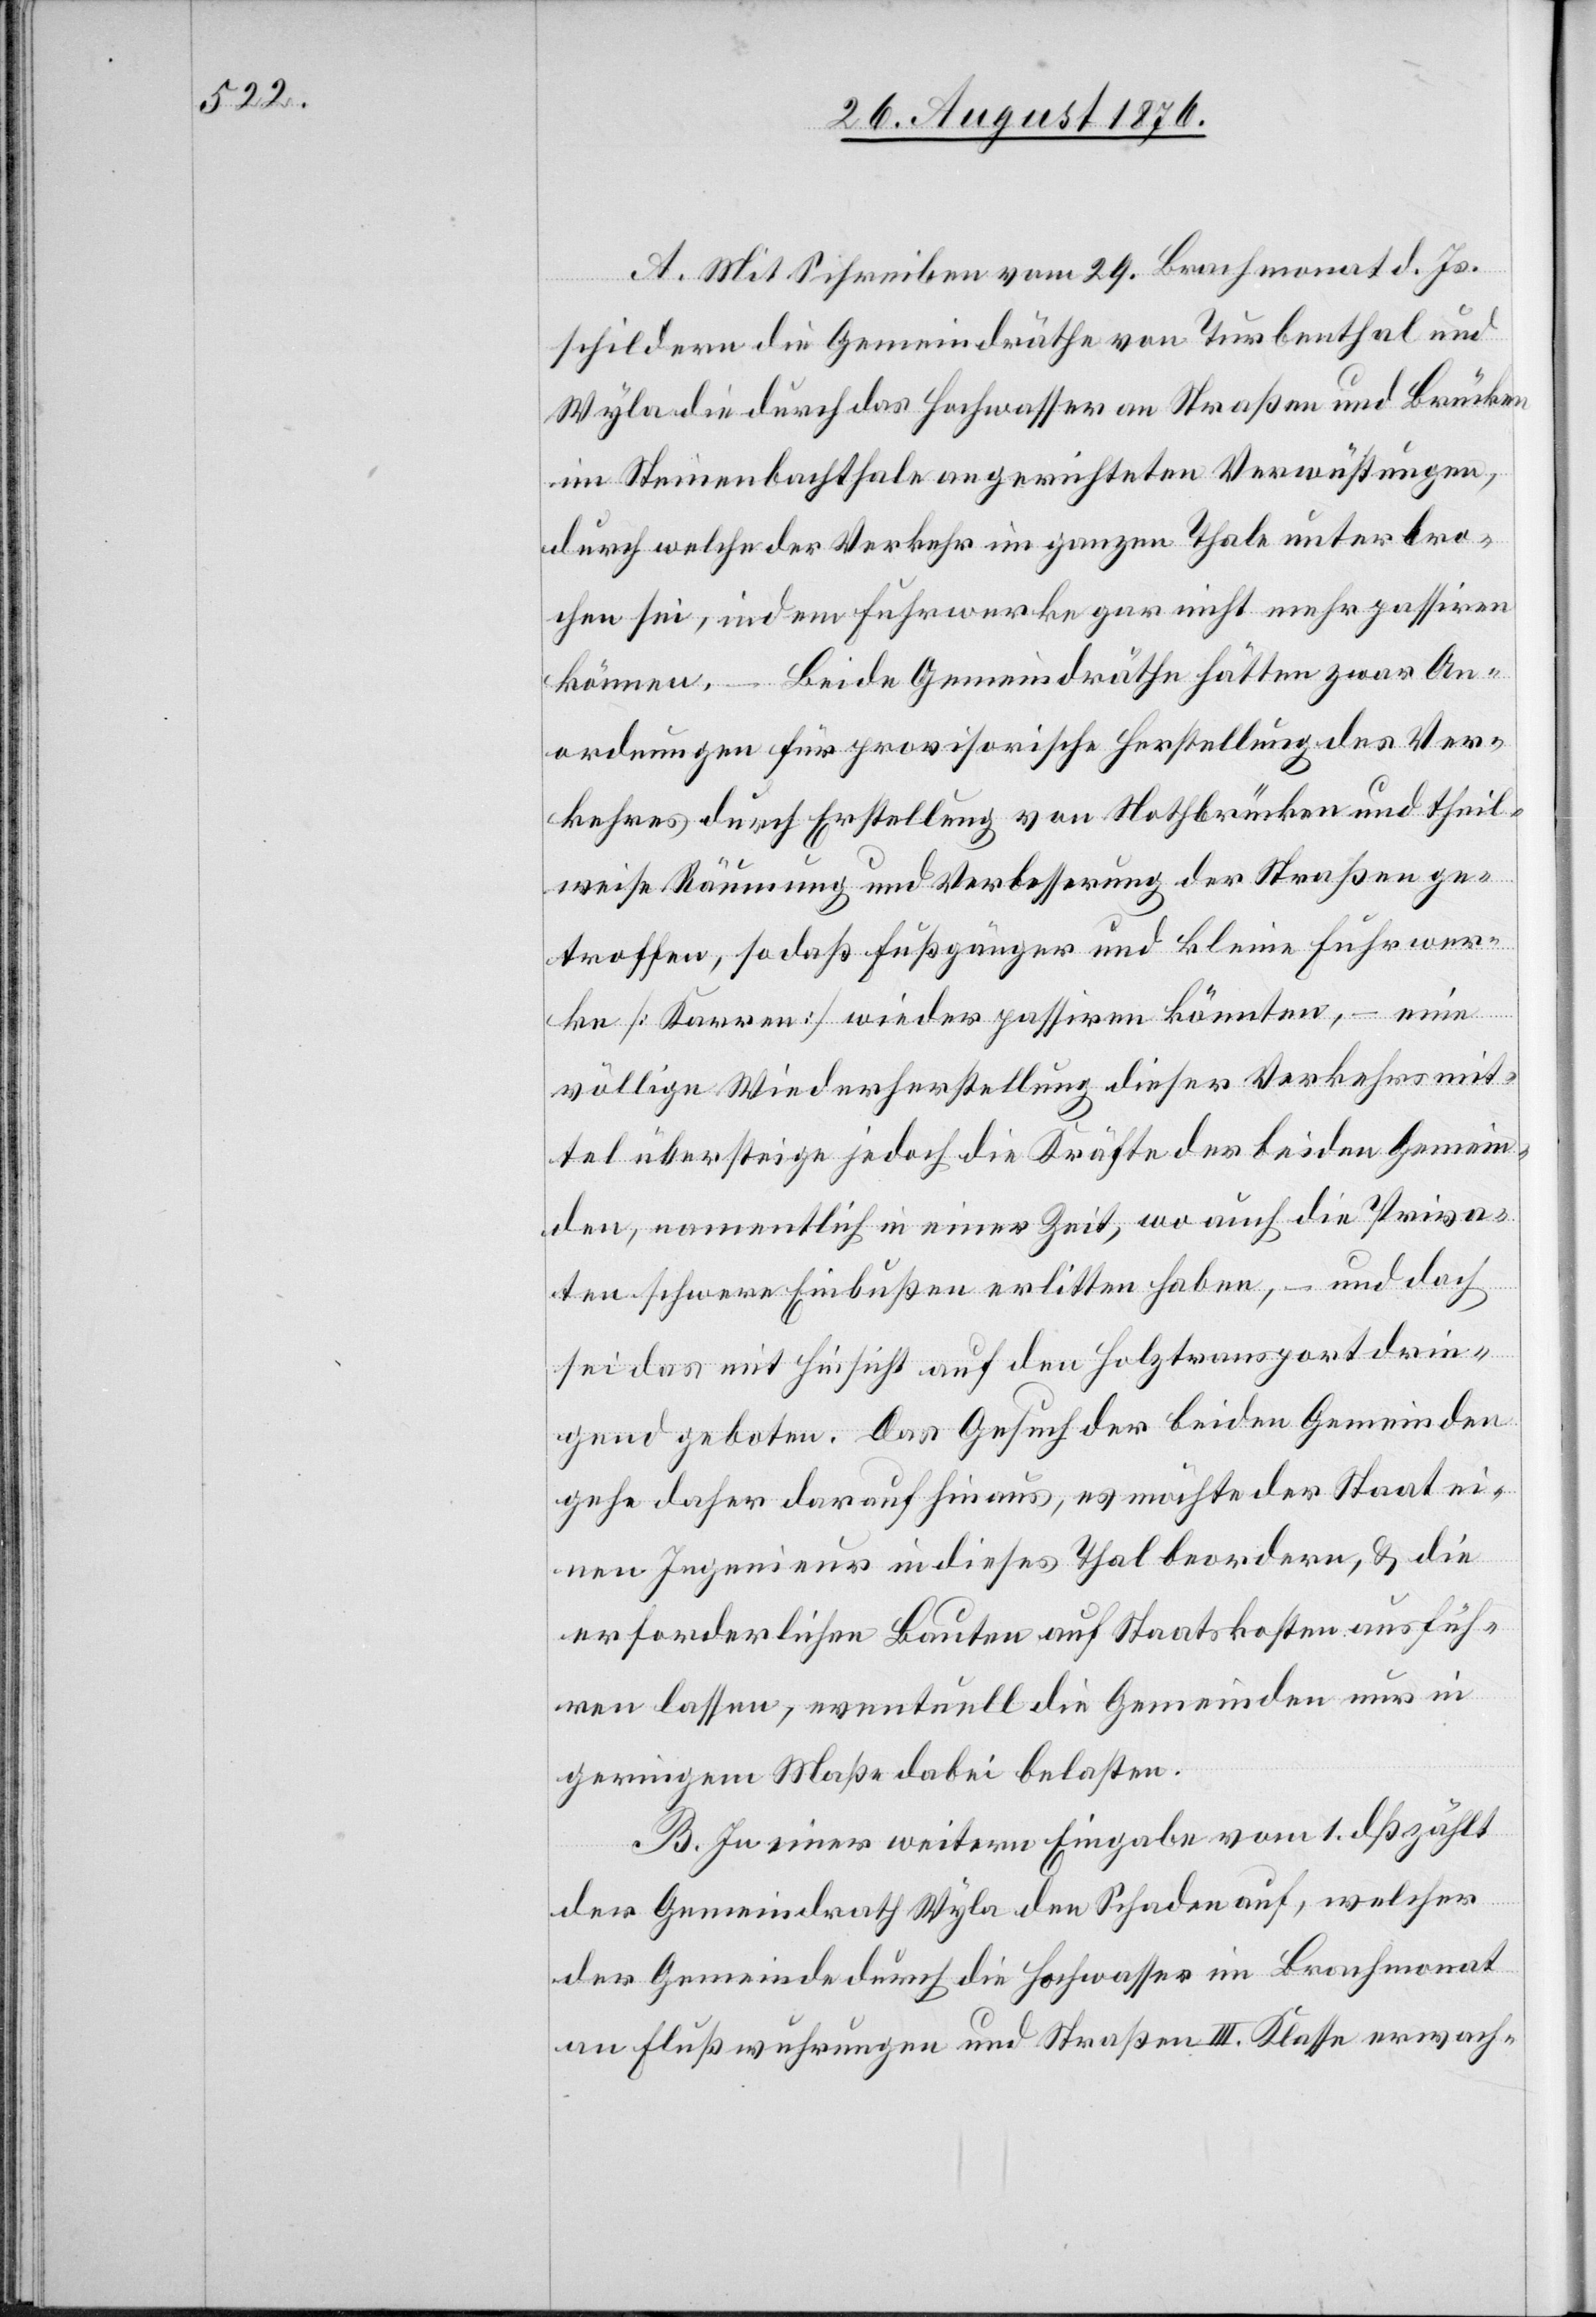
A. Mit Schreiben vom 29. Brachmonat d. Js.
schildern die Gemeindräthe von Turbenthal und
Wyla die durch das Hochwasser an Straßen und Brücken
im Steinenbachthale angerichteten Verwüstungen,
durch welche der Verkehr im ganzen Thale unterbro¬
chen sei, indem Fuhrwerke gar nicht mehr passiren
können. – Beide Gemeindräthe hätten zwar An¬
ordnungen für provisorische Herstellung des Ver¬
kehres durch Erstellung von Nothbrücken und theil¬
weise Räumung und Verbesserung der Straßen ge¬
troffen, so daß Fußgänger und kleine Fuhrwer¬
ke [Karren] wieder passiren könnten, – eine
völlige Wiederherstellung dieser Verkehrsmit¬
tel übersteige jedoch die Kräfte der beiden Gemein¬
den, namentlich in einer Zeit, wo auch die Priva¬
ten schwere Einbußen erlitten haben, – und doch
sei das mit Hinsicht auf den Holztransport drin¬
gend geboten. Das Gesuch der beiden Gemeinden
gehe daher darauf hinaus, es möchte der Staat ei¬
nen Ingenieur in dieses Thal beordern, & die
erforderlichen Bauten auf Staatskosten ausfüh¬
ren lassen, eventuell die Gemeinden nur in
geringem Maße dabei belasten.
B. In einer weitern Eingabe vom 1. dß zählt
der Gemeindrath Wyla den Schaden auf, welcher
der Gemeinde durch die Hochwasser im Brachmonat
an Flußwuhrungen und Straßen III. Klasse erwach-